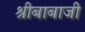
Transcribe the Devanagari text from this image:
श्रीबाबाजी